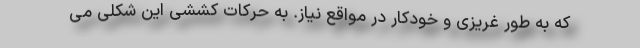
که به طور غریزی و خودکار در مواقع نیاز. به حرکات کششی این شکلی می